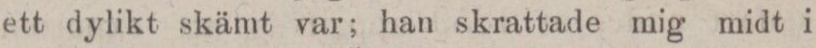
ett dylikt skämt var; han skrattade mig midt i